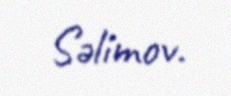
Səlimov.